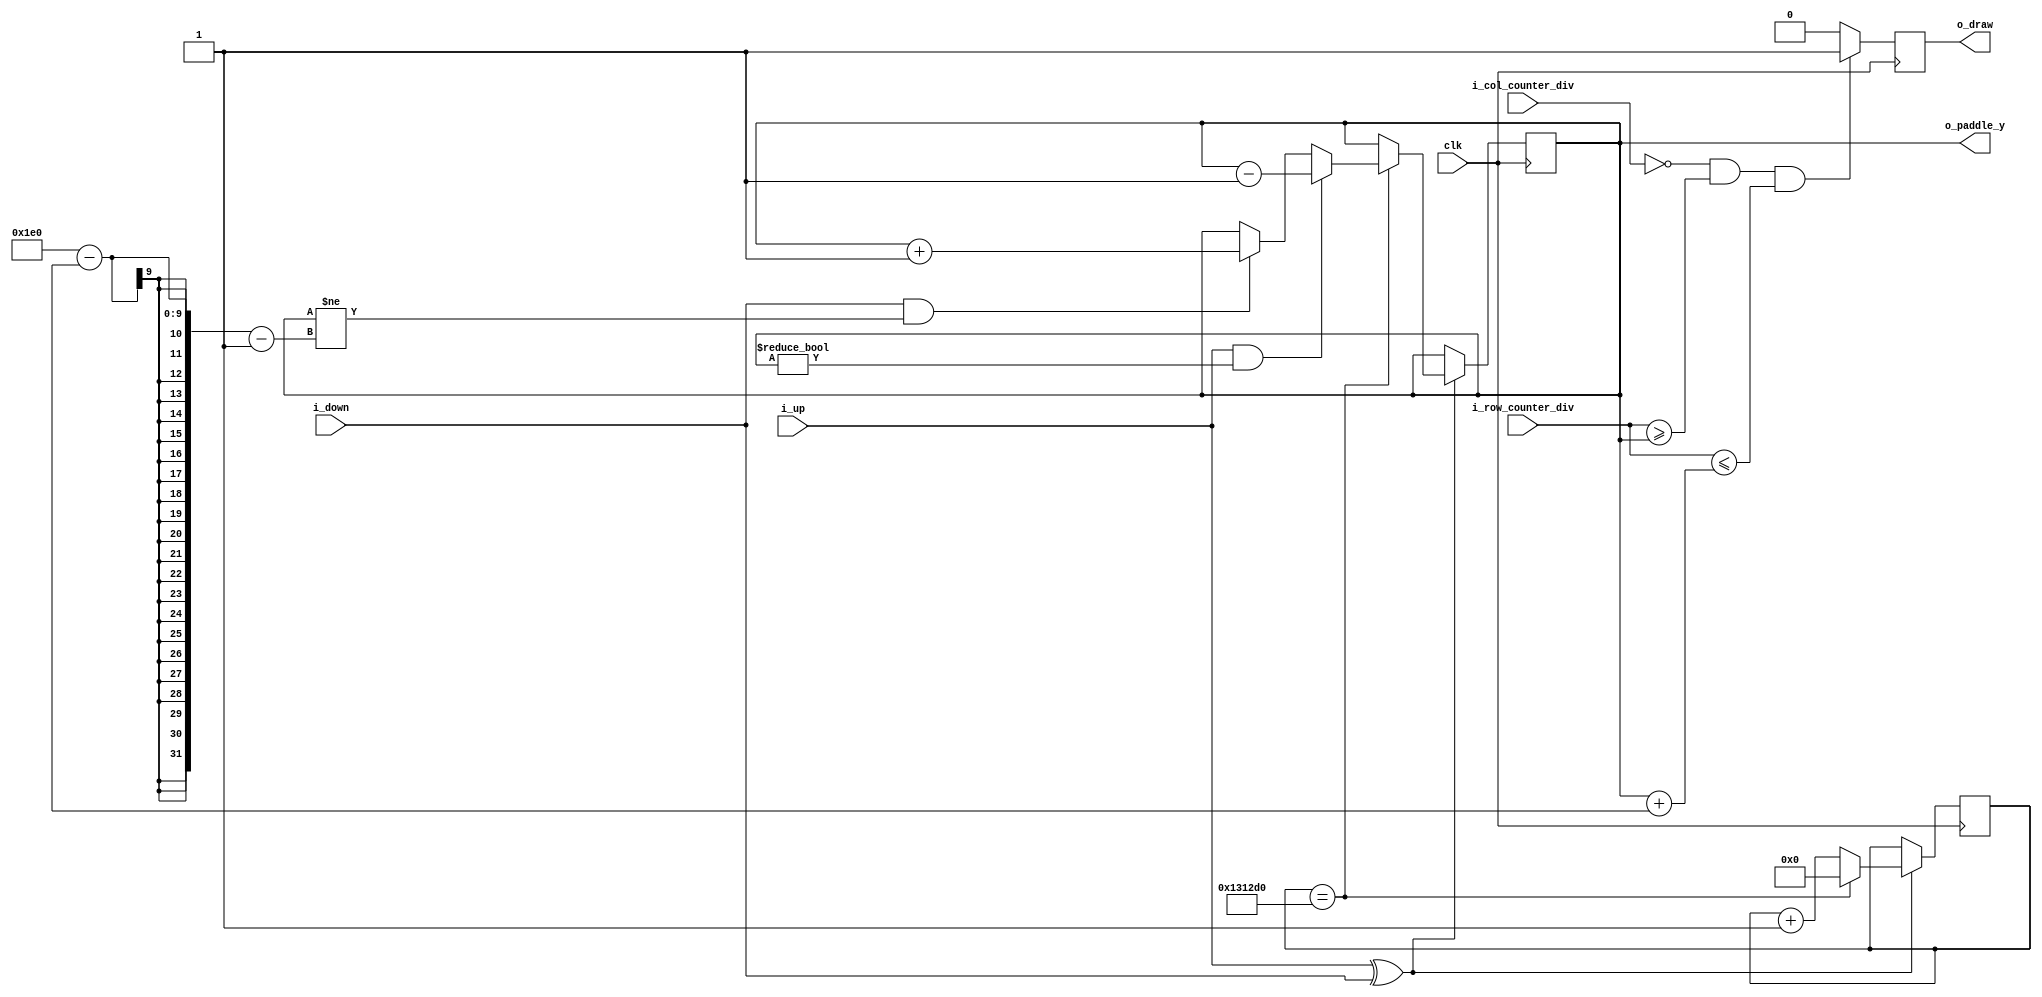
module paddle #(
  parameter PADDLE_SPEED    = 1250000,
  parameter PLAYER_INDEX    = 0      ,
  parameter BOARD_HEIGHT    = 480    ,
  parameter c_PADDLE_HEIGHT = 6      )
  (
  input            clk              ,
  input            i_up             ,
  input            i_down           ,
  input [5:0]      i_col_counter_div,
  input [5:0]      i_row_counter_div,
  output reg [5:0] o_paddle_y       ,   // output reg
  output reg       o_draw           );  // output reg
  // o_paddle_y should be an array for the ball to bounce off of

  reg [31:0] r_speed_counter = 0      ;

  // up / down exclusive input for paddles
  wire w_up_down_input = i_up ^ i_down;
  
  always @(posedge clk ) begin
    if (w_up_down_input == 1'b1) begin
      if (r_speed_counter == PADDLE_SPEED) begin 
        r_speed_counter <= 0;

        // update up if i_up and top limit not reached
        // down if i_down and bottom limit not reached
        if (i_up == 1'b1 && o_paddle_y != 0)
          o_paddle_y <= o_paddle_y - 1;
        else if (i_down == 1'b1 && o_paddle_y != BOARD_HEIGHT-PADDLE_HEIGHT-1)
          o_paddle_y <= o_paddle_y + 1;

      end else
        r_speed_counter <= r_speed_counter + 1;
    end
  end

  // draw
  always @(posedge clk ) begin
    if (i_col_counter_div == PLAYER_INDEX &&              // draw if on player side
        i_row_counter_div >= o_paddle_y &&                // draw inside paddle
        i_row_counter_div <= o_paddle_y + PADDLE_HEIGHT)  // draw bottom part
      o_draw <= 1'b1;
    else
      o_draw <= 1'b0;
  end

endmodule